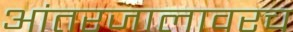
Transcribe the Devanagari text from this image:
आंतरजालावरच